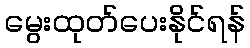
မွေးထုတ်ပေးနိုင်ရန်